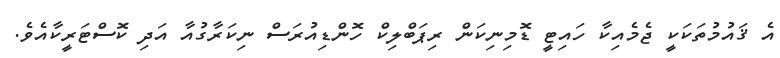
އެ ޤައުމުތަކަކީ ޖެމެއިކާ ހައިޓީ ޑޮމިނިކަން ރިޕަބްލިކް ހޮންޑިއުރަސް ނިކަރާގުއާ އަދި ކޮސްޓަރީކާއެވެ.